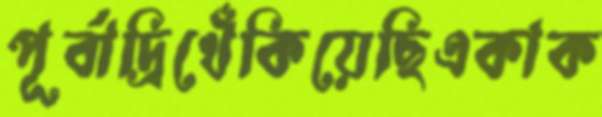
পূর্বাদ্রিখেঁকিয়েছিএকাক